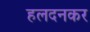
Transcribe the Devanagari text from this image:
हलदनकर